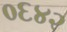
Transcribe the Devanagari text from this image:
०६४२